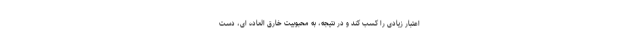
اعتبار زیادی را کسب کند و در نتیجه، به محبوبیت خارق العاده ای، دست